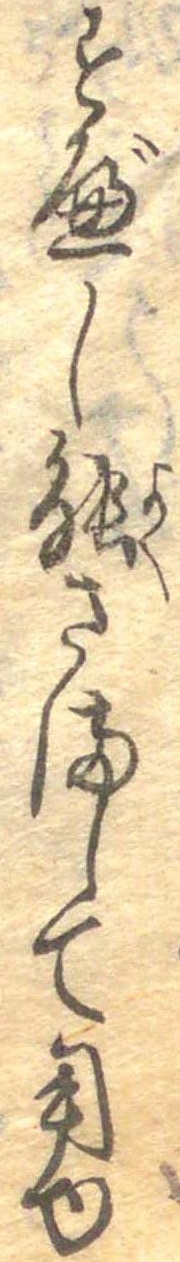
すべし能さまして用ゆ